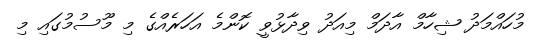
މުހައްމަދު ޝިހާމް އާދަމް މިއަދު ވިދާޅުވީ ކޮންމެ އަހަރެއްގެ މި މޫސުމުގައި މި